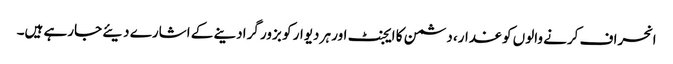
انحراف کرنے والوں کو غدار، دشمن کا ایجنٹ اور ہر دیوار کو بزور گرادینے کے اشارے دیئے جارہے ہیں۔